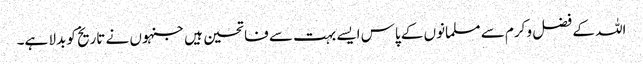
اللہ کے فضل و کرم سے مسلمانوں کے پاس ایسے بہت سے فاتحین ہیں جنہوں نے تاریخ کو بدلا ہے۔